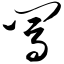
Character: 闯